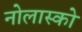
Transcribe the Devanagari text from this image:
नोलास्को